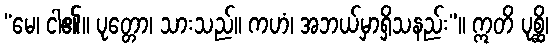
“မေ၊ ငါ၏။ ပုတ္တော၊ သားသည်။ ကဟံ၊ အဘယ်မှာရှိသနည်း”။ ဣတိ ပုစ္ဆိ၊